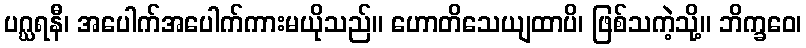
ပဂ္ဃရနီ၊ အပေါက်အပေါက်ကားမယိုသည်။ ဟောတိသေယျထာပိ၊ ဖြစ်သကဲ့သို့။ ဘိက္ခဝေ၊